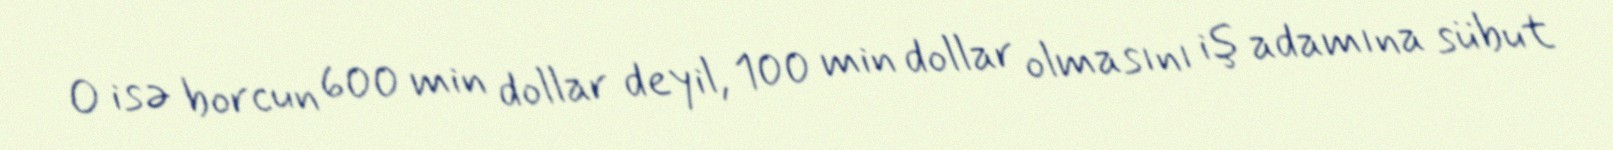
O isə borcun 600 min dollar deyil, 100 min dollar olmasını iş adamına sübut